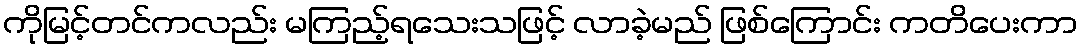
ကိုမြင့်တင်ကလည်း မကြည့်ရသေးသဖြင့် လာခဲ့မည် ဖြစ်ကြောင်း ကတိပေးကာ